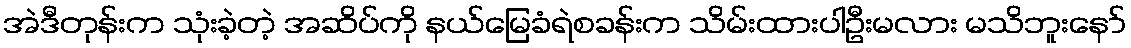
အဲဒီတုန်းက သုံးခဲ့တဲ့ အဆိပ်ကို နယ်မြေခံရဲစခန်းက သိမ်းထားပါဦးမလား မသိဘူးနော်